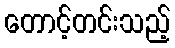
တောင့်တင်းသည့်